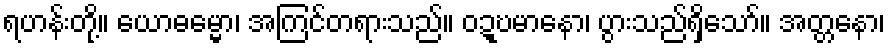
ရဟန်းတို့။ ယောဓမ္မော၊ အကြင်တရားသည်။ ဝဍ္ဎမာနော၊ ပွားသည်ရှိသော်။ အတ္တနော၊